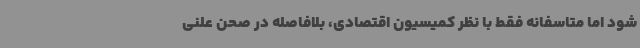
شود اما متاسفانه فقط با نظر کمیسیون اقتصادی، بلافاصله در صحن علنی